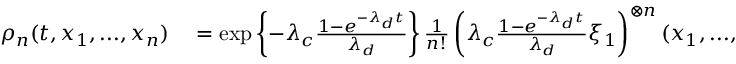
\begin{array} { r l } { \rho _ { n } ( t , x _ { 1 } , . . . , x _ { n } ) } & { { } = \exp \left\{ - \lambda _ { c } \frac { 1 - e ^ { - \lambda _ { d } t } } { \lambda _ { d } } \right\} \frac { 1 } { n ! } \left( \lambda _ { c } \frac { 1 - e ^ { - \lambda _ { d } t } } { \lambda _ { d } } \xi _ { 1 } \right) ^ { \otimes n } ( x _ { 1 } , . . . , x _ { n } ) } \end{array}